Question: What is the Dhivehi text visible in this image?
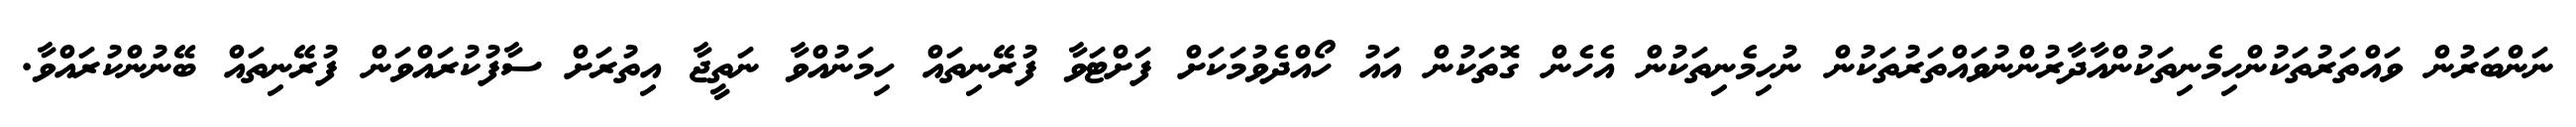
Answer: ނަންބަރުން ވައްތަރުތަކުންހިމެނިތަކުންއާދާރުންނުވައްތަރުތަކުން ނުހިމެނިތަކުން އެހެން ގޮތަކުން އައު ހޯއްދެވުމަކަށް ފަށްޓަވާ ފުރޭނިތައް ހިމަނުއްވާ ނަތީޖާ އިތުރަށް ސާފުކުރައްވަން ފުރޭނިތައް ބޭނުންކުރައްވާ.